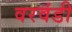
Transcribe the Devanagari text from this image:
वरवंडी